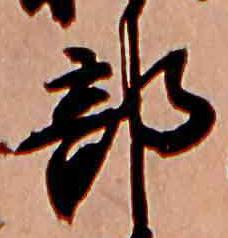
部